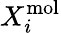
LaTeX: X_{i}^{\mathrm{mol}}